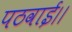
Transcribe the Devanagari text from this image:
पठवाई।।